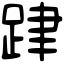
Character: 𨀞